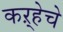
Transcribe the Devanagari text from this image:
कऱ्हेचे